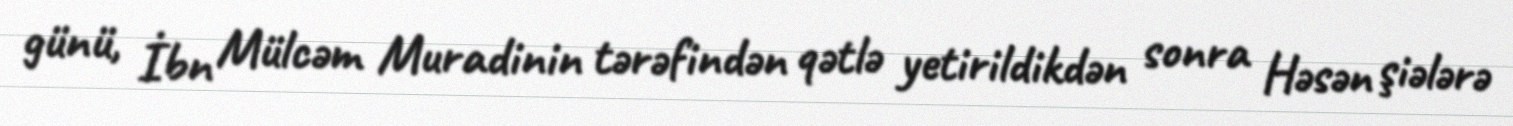
günü, İbn Mülcəm Muradinin tərəfindən qətlə yetirildikdən sonra Həsən şiələrə